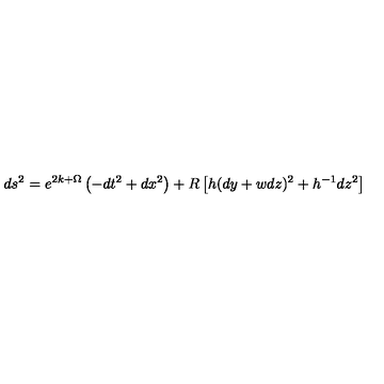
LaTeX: d s ^ { 2 } = e ^ { 2 k + \Omega } \left( - d t ^ { 2 } + d x ^ { 2 } \right) + R \left[ h ( d y + w d z ) ^ { 2 } + h ^ { - 1 } d z ^ { 2 } \right]